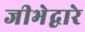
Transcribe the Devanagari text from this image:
जीभेद्वारे